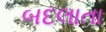
બદલાતા